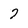
Character: 7